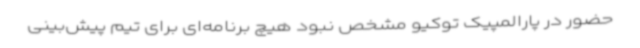
حضور در پارالمپیک توکیو مشخص نبود هیچ برنامه‌ای برای تیم پیش‌بینی